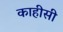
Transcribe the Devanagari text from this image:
काहीसी